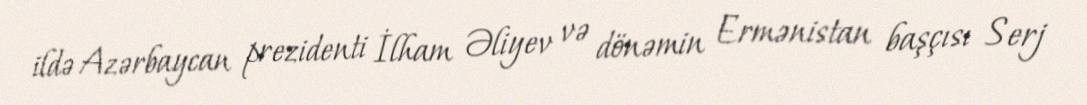
ildə Azərbaycan prezidenti İlham Əliyev və dönəmin Ermənistan başçısı Serj